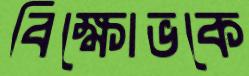
বিক্ষোভকে